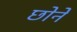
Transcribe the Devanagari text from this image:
छोने